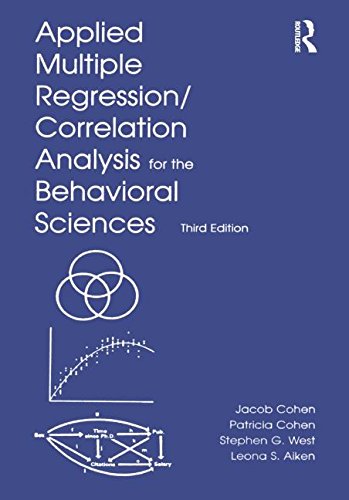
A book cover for Applied Multiple Regression/Correlation Analysis for the Behavioral Sciences, 3rd Edition; Jacob Cohen; Medical Books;